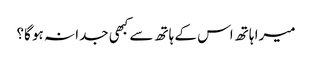
میرا ہاتھ اس کے ہاتھ سے کبھی جدا نہ ہو گا؟